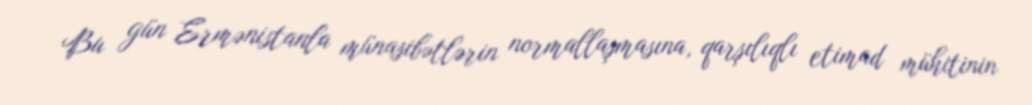
Bu gün Ermənistanla münasibətlərin normallaşmasına, qarşılıqlı etimad mühitinin